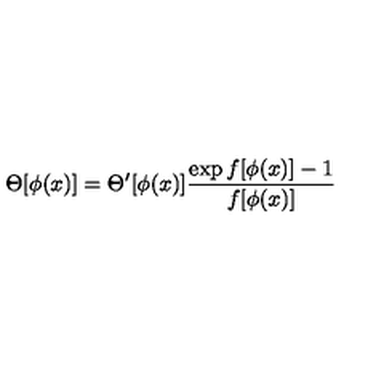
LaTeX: \Theta [ \phi ( x ) ] = \Theta ^ { \prime } [ \phi ( x ) ] \frac { \exp f [ \phi ( x ) ] - 1 } { f [ \phi ( x ) ] }